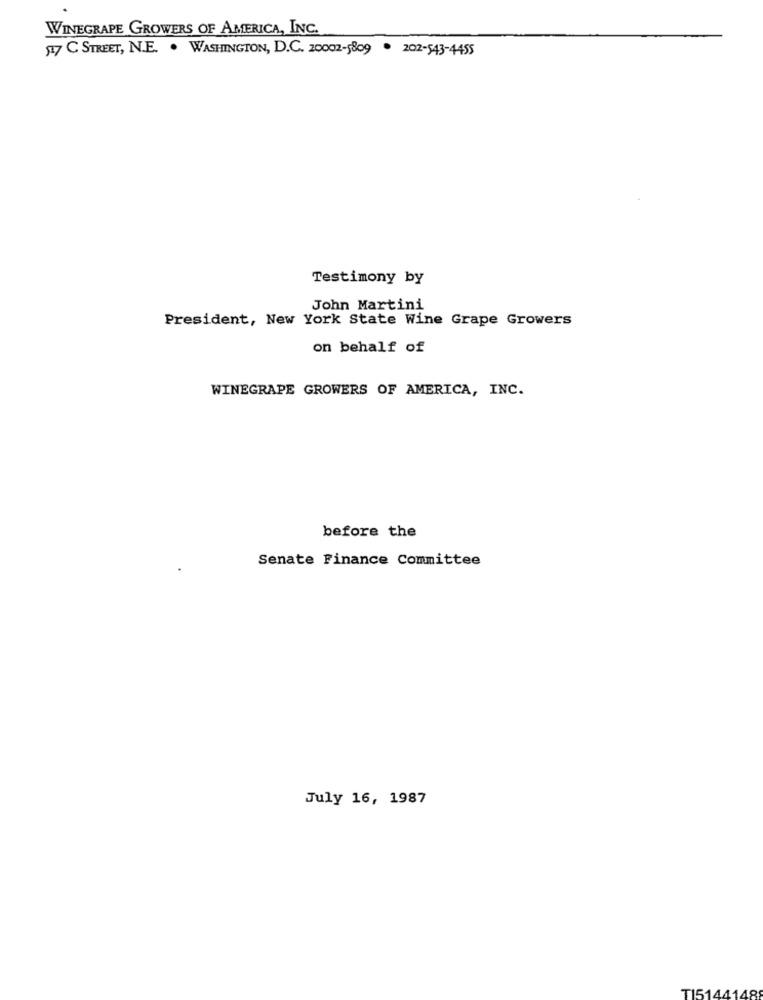
WINEGRAPE GROWERS OF AMERICA, INC.
17 C STREET, N.E. . WASHINGTON, D.C. 20002-5809 . 202-543-4455
Testimony by
John Martini
President, New York State Wine Grape Growers
on behalf of
WINEGRAPE GROWERS OF AMERICA, INC.
before the
Senate Finance Committee
July 16, 1987
TI5144148